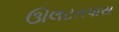
ઊલટતપાસ